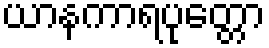
ယာနကာရပုတ္တော